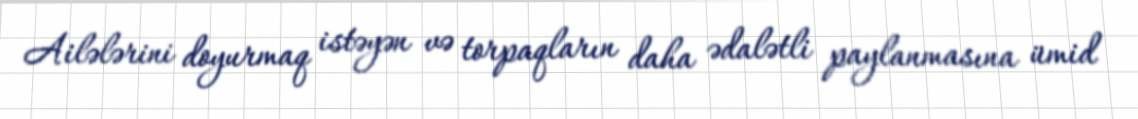
Ailələrini doyurmaq istəyən və torpaqların daha ədalətli paylanmasına ümid